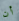
أن